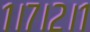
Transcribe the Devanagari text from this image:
१।७।२।१